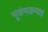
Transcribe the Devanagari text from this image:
भूकंपक्रमश